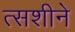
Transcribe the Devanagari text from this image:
त्सशीने